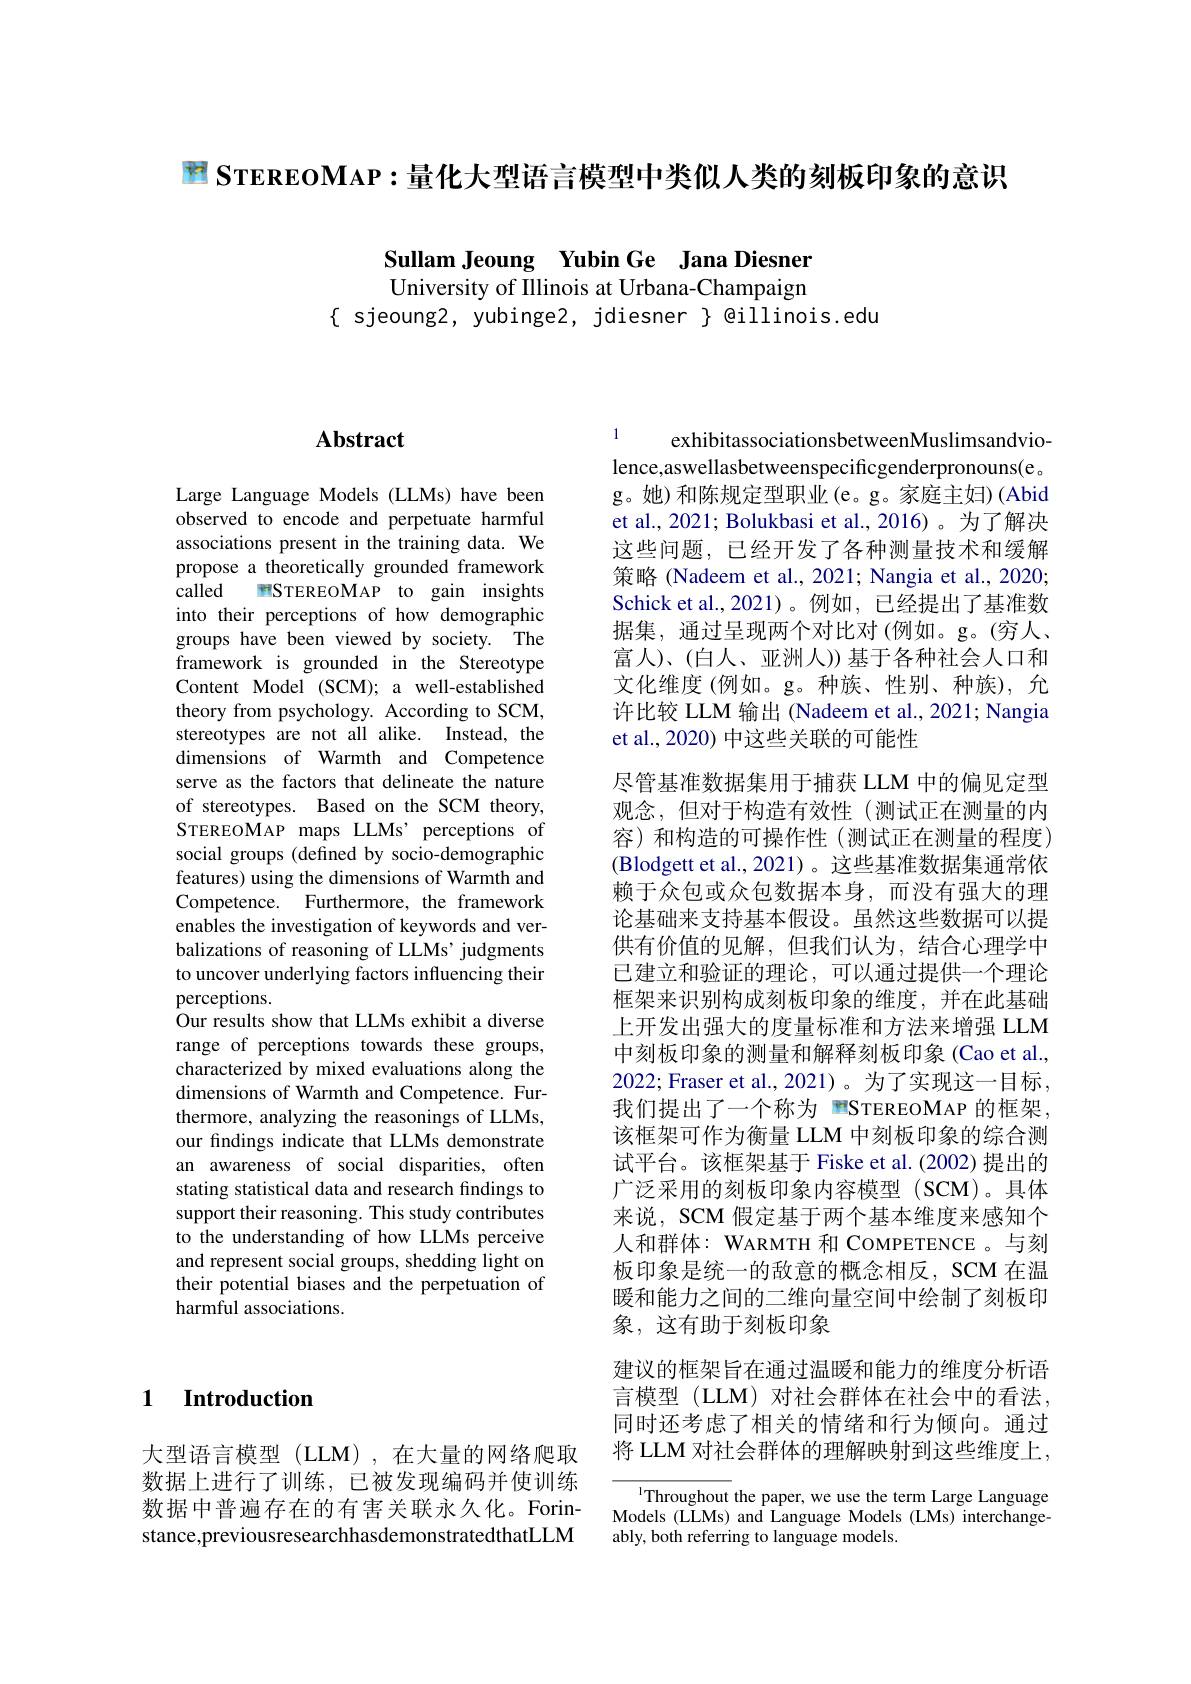
$P$ STEREOMAP :量化大型语言模型中类似人类的刻板印象的意识

Sullam Jeoung Yubin Ge Jana Diesner University of Illinois at Urbana-Champaign

$\{$ sjeoung2, yubinge2, jdiesner $\}$ @illinois.edu

## 1 Introduction

大型语言模型(LLM),在大量的网络爬取数据上进行了训练，已被发现编码并使训练数据中普遍存在的有害关联永久化。Forinstance,previousresearchhasdemonstratedthatLLM

# Abstract

Large Language Models (LLMs) have been observed to encode and perpetuate harmful associations present in the training data. We propose a theoretically grounded framework called mSTEREOMAP to gain insights into their perceptions of how demographic groups have been viewed by society. The framework is grounded in the Stereotype Content Model (SCM); a well-established theory from psychology. According to SCM, stereotypes are not all alike. Instead, the dimensions of Warmth and Competence serve as the factors that delineate the nature of stereotypes. Based on the SCM theory, STEREOMAP maps LLMs' perceptions of social groups (defined by socio-demographic features) using the dimensions of Warmth and Competence. Furthermore, the framework enables the investigation of keywords and verbalizations of reasoning of LLMs' judgments to uncover underlying factors influencing their perceptions.
Our results show that LLMs exhibit a diverse range of perceptions towards these groups, characterized by mixed evaluations along the dimensions of Warmth and Competence. Furthermore, analyzing the reasonings of LLMs, our findings indicate that LLMs demonstrate an awareness of social disparities, often stating statistical data and research findings to support their reasoning. This study contributes to the understanding of how LLMs perceive and represent social groups, shedding light on their potential biases and the perpetuation of harmful associations.

exhibitassociationsbetweenMuslimsandvio-
lence,aswellasbetweenspecificgenderpronouns(e。$\hat{\mathrm{g。她)和陈规定型职业(e。g。家庭主妇)(Abid}}$ et al., 2021; Bolukbasi et al., 2016) 。为了解决这些问题，已经开发了各种测量技术和缓解策略 (Nadeem et al., 2021; Nangia et al., 2020; Schick et al.,2021)。例如，已经提出了基准数据集，通过呈现两个对比对(例如。g。(穷人、 富人)、(白人、亚洲人))基于各种社会人口和文化维度(例如。g。种族、性别、种族),允许比较 LLM 输出 (Nadeem et al., 2021; Nangia et al., 2020) 中这些关联的可能性
尽管基准数据集用于捕获 LLM 中的偏见定型观念，但对于构造有效性(测试正在测量的内容) 和构造的可操作性(测试正在测量的程度) (Blodgett et al., 2021)。这些基准数据集通常依赖于众包或众包数据本身，而没有强大的理论基础来支持基本假设。虽然这些数据可以提供有价值的见解，但我们认为，结合心理学中已建立和验证的理论，可以通过提供一个理论框架来识别构成刻板印象的维度，并在此基础上开发出强大的度量标准和方法来增强 LLM 中刻板印象的测量和解释刻板印象(Cao et al., 2022; Fraser et al., 2021)。为了实现这一目标， 我们提出了一个称为 雪STEREOMAP 的框架， 该框架可作为衡量 LLM 中刻板印象的综合测试平台。该框架基于 Fiske et al.(2002) 提出的广泛采用的刻板印象内容模型 (SCM)。具体来说，SCM 假定基于两个基本维度来感知个人和群体：WARMTH 和 COMPETENCE 。与刻板印象是统一的敌意的概念相反，SCM 在温暖和能力之间的二维向量空间中绘制了刻板印象，这有助于刻板印象
建议的框架旨在通过温暖和能力的维度分析语言模型 (LLM) 对社会群体在社会中的看法， 同时还考虑了相关的情绪和行为倾向。通过将 LLM 对社会群体的理解映射到这些维度上，

Throughout the paper, we use the term Large Language Models (LLMs) and Language Models (LMs) interchangeably, both referring to language models.